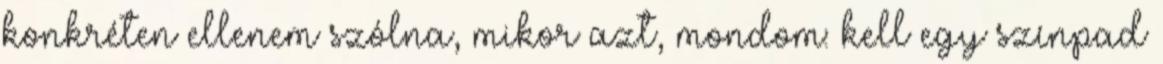
konkréten ellenem szólna, mikor azt, mondom: kell egy színpad